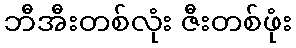
ဘီအီးတစ်လုံး ဇီးတစ်ဖုံး